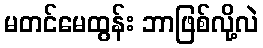
မတင်မေထွန်း ဘာဖြစ်လို့လဲ